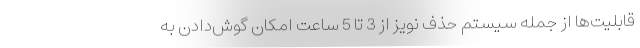
قابلیت‌ها از جمله سیستم حذف نویز از 3 تا 5 ساعت امکان گوش‌دادن به